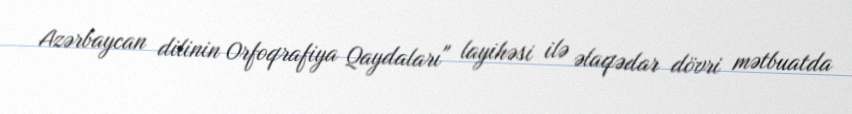
Azərbaycan dilinin Orfoqrafiya Qaydaları" layihəsi ilə əlaqədar dövri mətbuatda